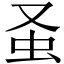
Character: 𧈡